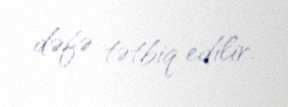
dəfə tətbiq edilir.